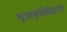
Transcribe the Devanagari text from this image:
भूआकृतिविज्ञानी